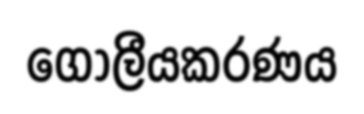
ගෝලීයකරණය